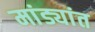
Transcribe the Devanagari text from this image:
मांड्यांत